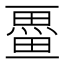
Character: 𭻩